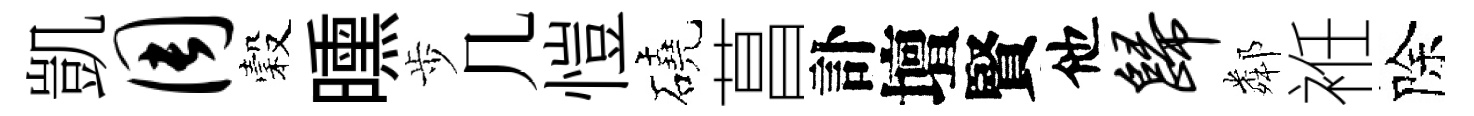
凱周穀曛歩几愷磽菖訃壇賢他归鄰袵除